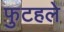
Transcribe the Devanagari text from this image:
फुटहले